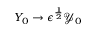
Y _ { 0 } \rightarrow \epsilon ^ { \frac { 1 } { 2 } } \mathcal { Y } _ { 0 }